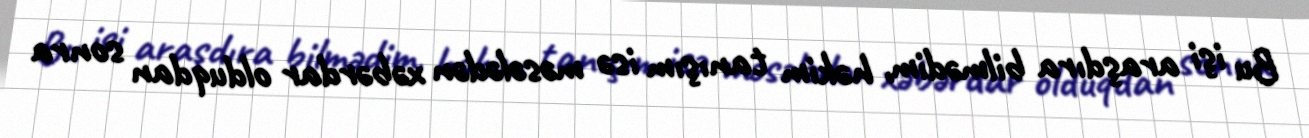
Bu işi araşdıra bilmədim, həkim tanışım isə məsələdən xəbərdar olduqdan sonra